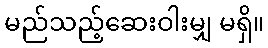
မည်သည့်ဆေးဝါးမျှ မရှိ။